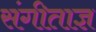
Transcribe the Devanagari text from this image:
संगीताज्ञ